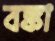
বঙ্কা